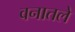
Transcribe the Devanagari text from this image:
वनातले